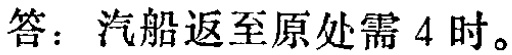
答：汽船返至原处需 4 时。